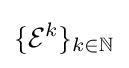
\{{\mathcal {E}}^{k}\}_{k\in \mathbb {N} }